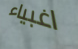
اغبياء